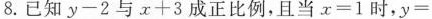
8.已知$$y - 2$$与$$x + 3$$成正比例，且当$$x = l$$时，$$y =